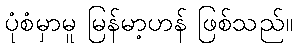
ပုံစံမှာမူ မြန်မာ့ဟန် ဖြစ်သည်။